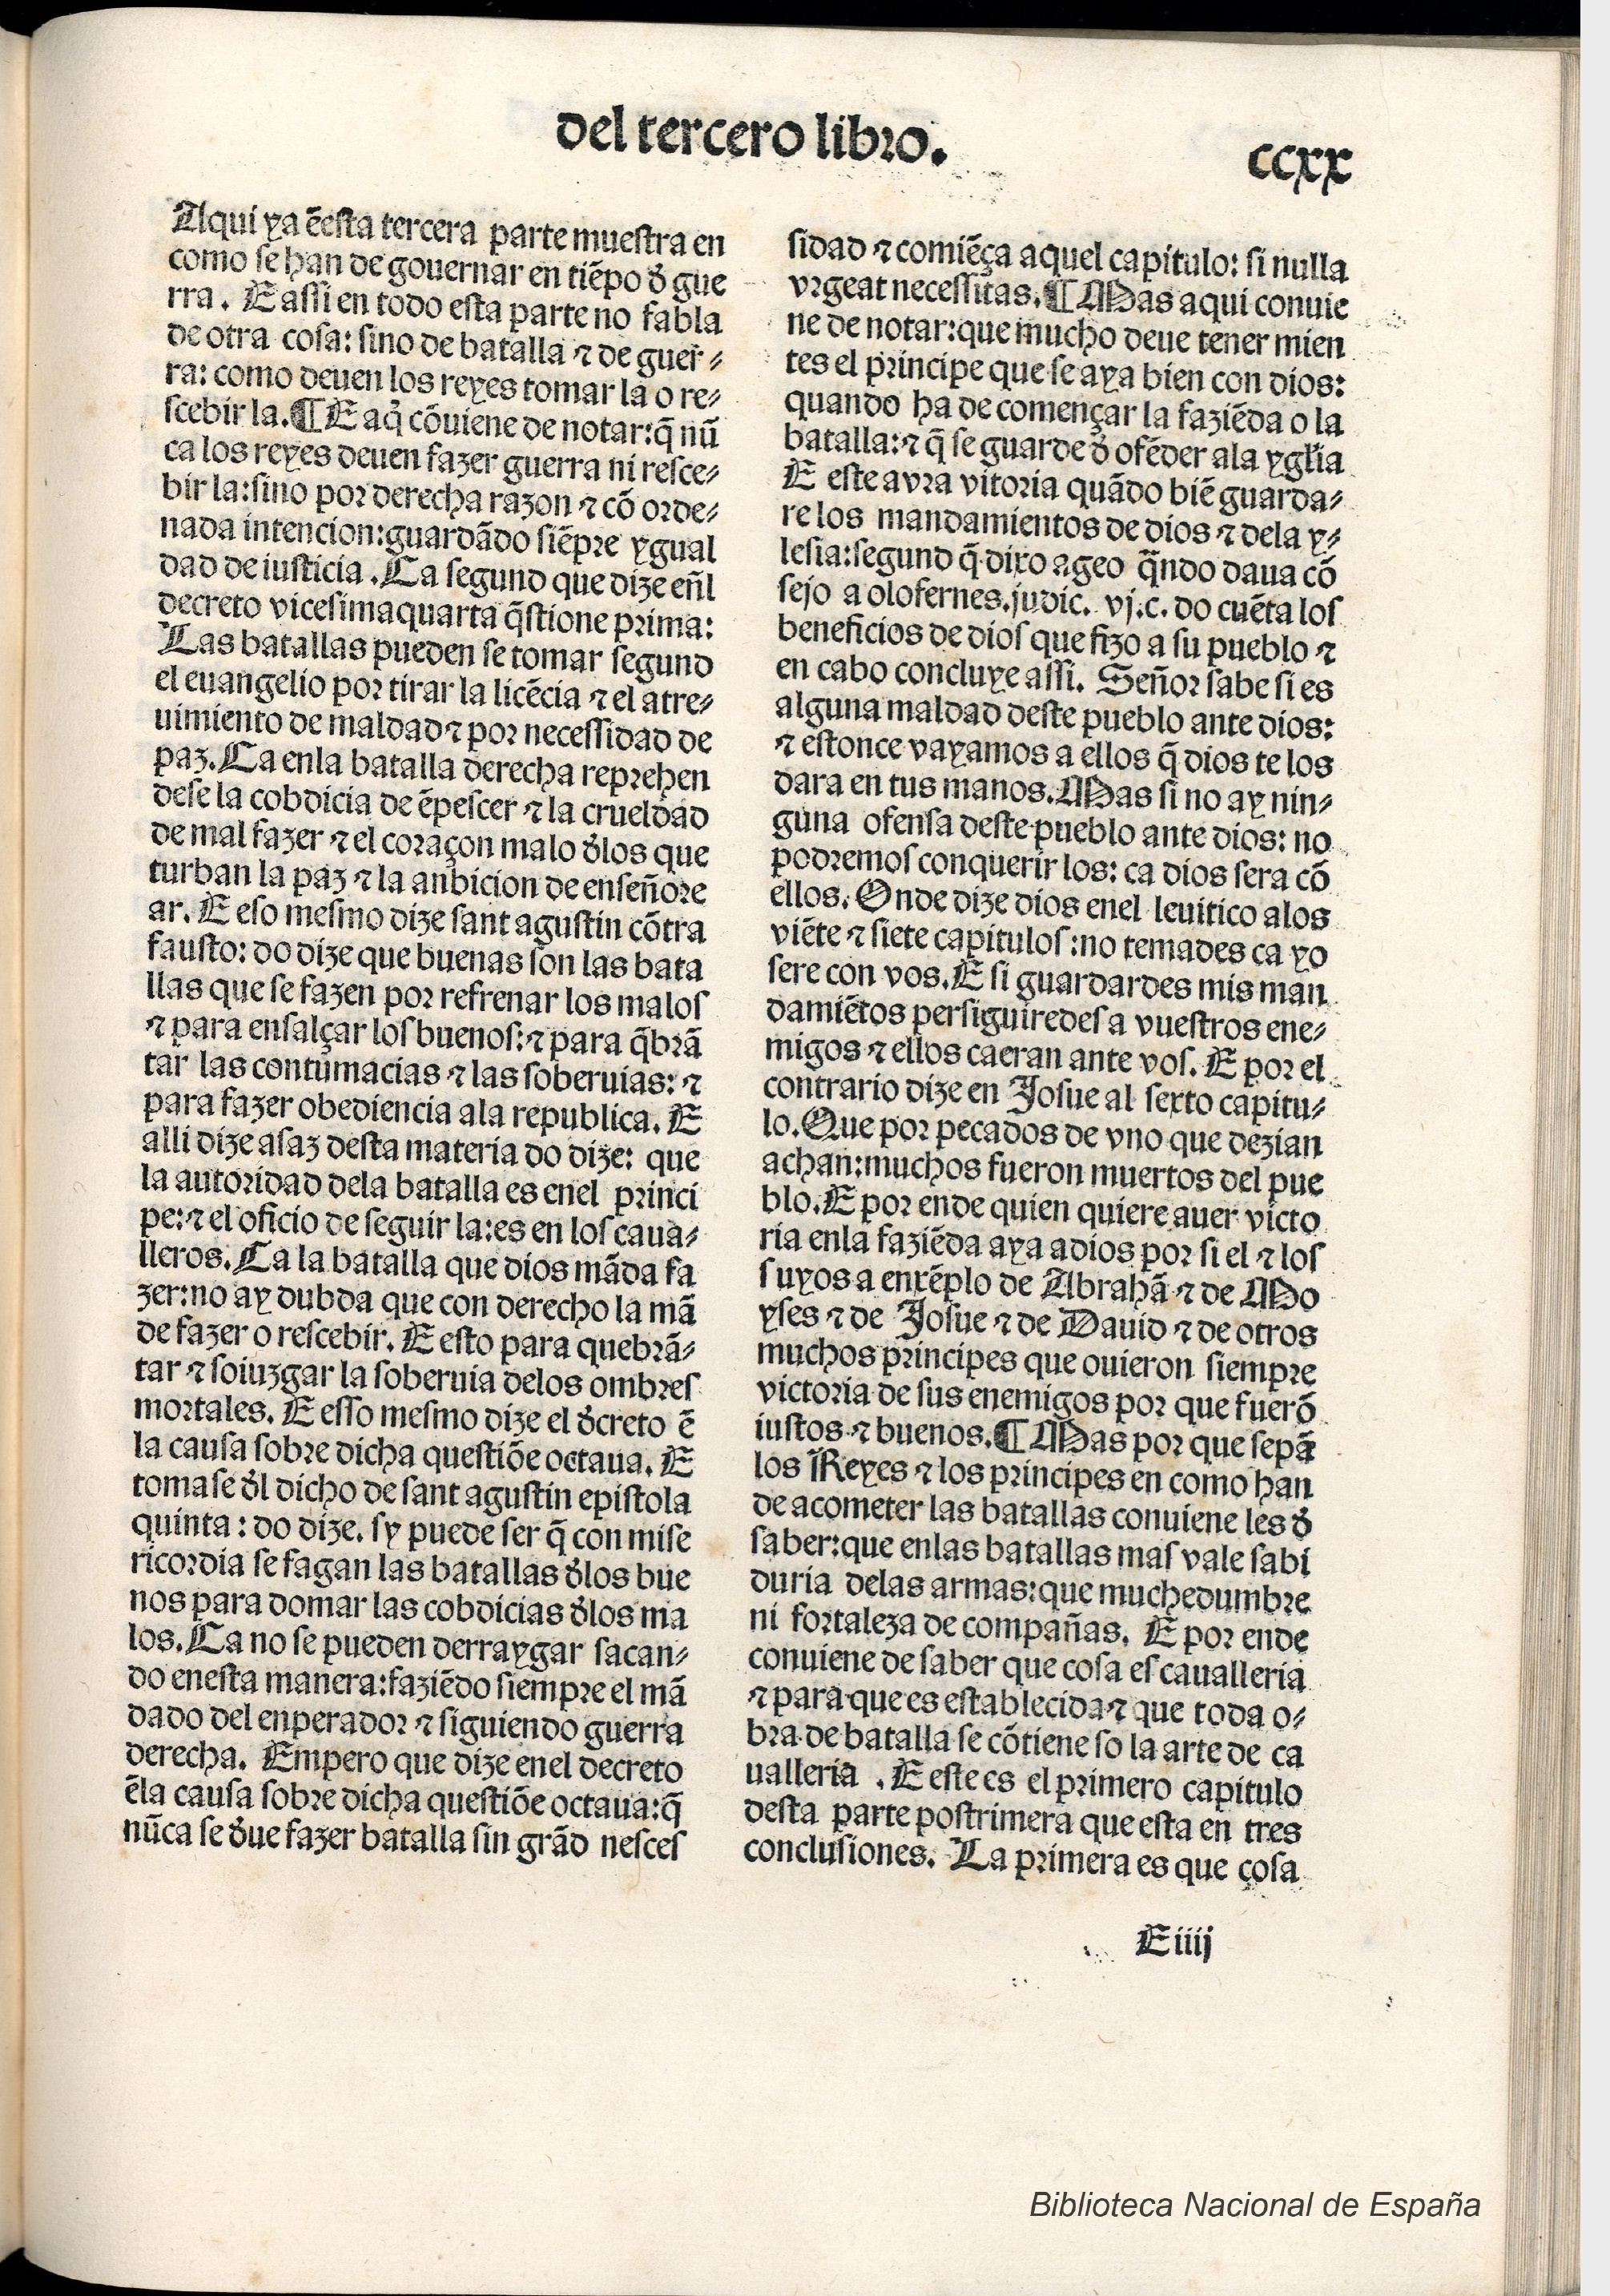
Shelfmark: Madrid, BNE, Inc. 901
Century: 15